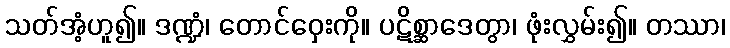
သတ်အံ့ဟူ၍။ ဒဏ္ဍံ၊ တောင်ဝှေးကို။ ပဋိစ္ဆာဒေတွာ၊ ဖုံးလွှမ်း၍။ တဿာ၊